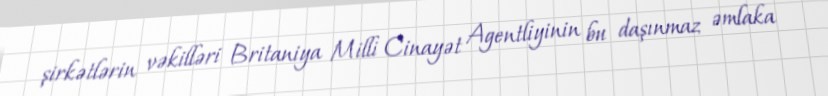
şirkətlərin vəkilləri Britaniya Milli Cinayət Agentliyinin bu daşınmaz əmlaka